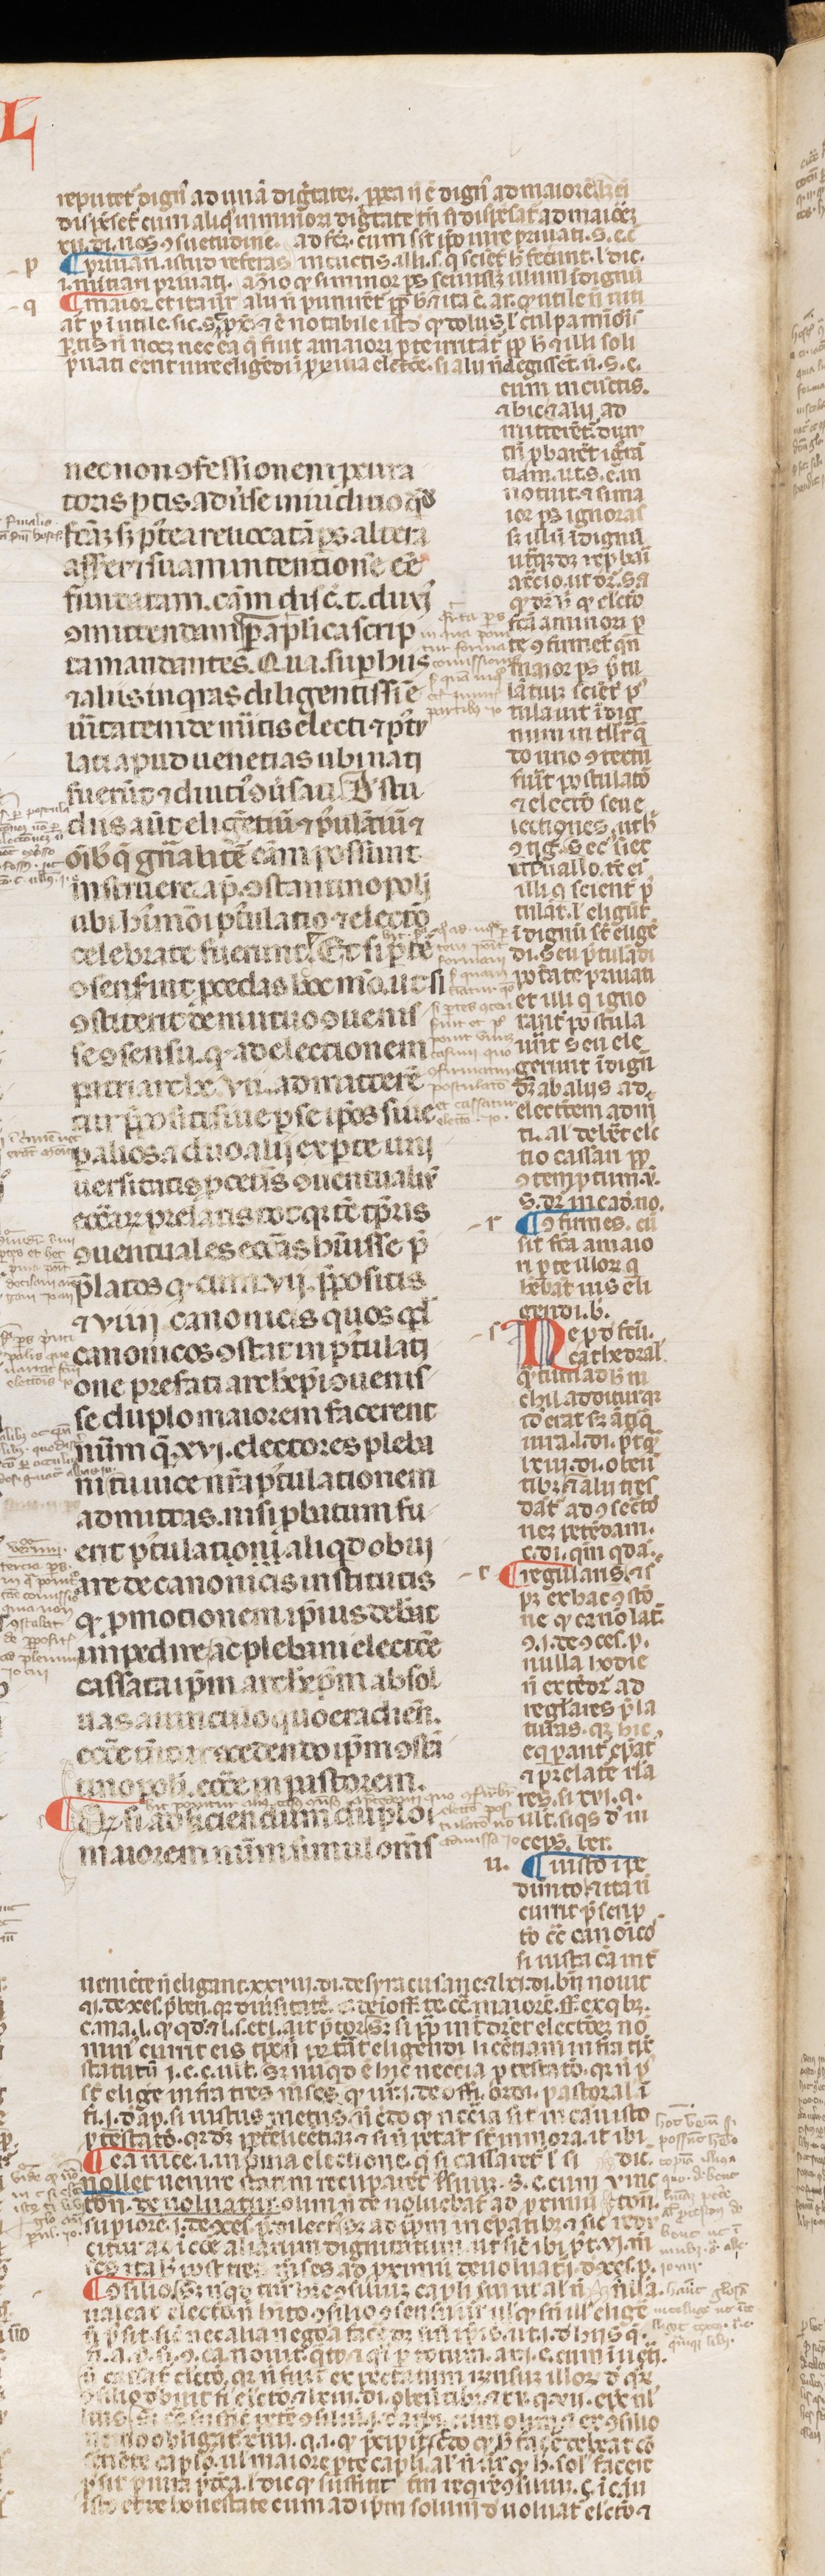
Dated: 1250–1399